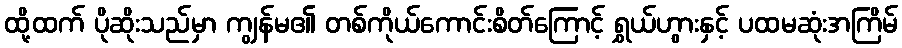
ထို့ထက် ပိုဆိုးသည်မှာ ကျွန်မ၏ တစ်ကိုယ်ကောင်းစိတ်ကြောင့် ရွှယ်ဟွားနှင့် ပထမဆုံးအကြိမ်